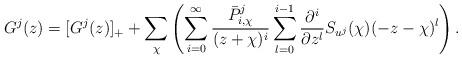
LaTeX: \begin{align*}G^j(z)=[G^j(z)]_+ + \sum\limits_{\chi}\left( \sum\limits_{i=0}^{\infty}\displaystyle\frac{\bar P_{i,\chi}^j}{(z+\chi)^i}\sum\limits_{l=0}^{i-1}\displaystyle\frac{\partial^i}{\partial z^l}S_{u^j}(\chi)(-z-\chi)^l \right) .\end{align*}